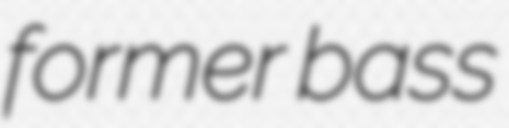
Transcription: former bass